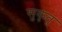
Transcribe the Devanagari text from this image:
सुकृतु